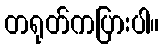
တရုတ်ကပြားပါ။